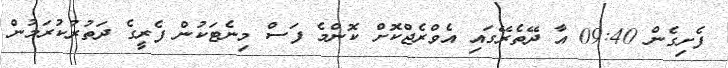
ފެށިގެން 09:40 އާ ދޭތެރޭގައި އެވްރެޖްކޮށް ކޮންމެ ފަސް މިނެޓަކުން ފެރީގެ ދަތުރުކުރަމުން